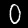
Label: 0